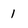
Character: 1